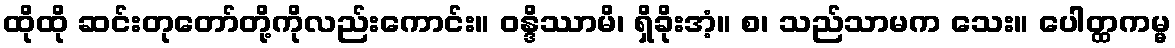
ထိုထို ဆင်းတုတော်တို့ကိုလည်းကောင်း။ ဝန္ဒိဿာမိ၊ ရှိခိုးအံ့။ စ၊ သည်သာမက သေး။ ပေါတ္ထကမ္မ